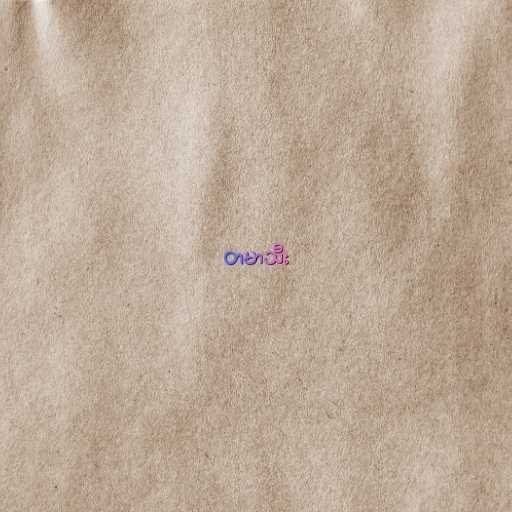
တမာသီး